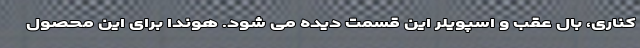
کناری، بال عقب و اسپویلر این قسمت دیده می شود. هوندا برای این محصول